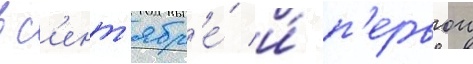
в с'ент'ябр'е́ и́ п'ервои